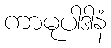
ကာမုပါဒါနံ